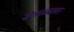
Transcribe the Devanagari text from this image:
शेतमळ्यावर